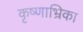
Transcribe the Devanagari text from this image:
कृष्णाभ्रिका